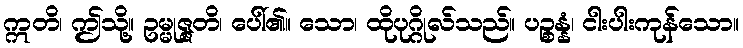
ဣတိ၊ ဤသို့။ ဥမ္မုဇ္ဇတိ၊ ပေါ်၏။ သော၊ ထိုပုဂ္ဂိုလ်သည်။ ပဉ္စန္နံ၊ ငါးပါးကုန်သော။